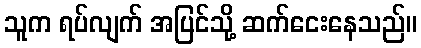
သူက ရပ်လျက် အပြင်သို့ ဆက်ငေးနေသည်။